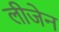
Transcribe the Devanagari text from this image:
लीजेन